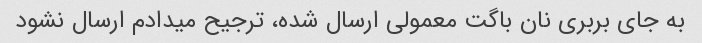
به جای بربری نان باگت معمولی ارسال شده، ترجیح میدادم ارسال نشود